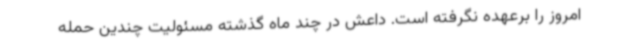
امروز را برعهده نگرفته است. داعش در چند ماه گذشته مسئولیت چندین حمله